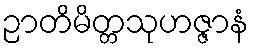
ဉာတိမိတ္တသုဟဇ္ဇာနံ